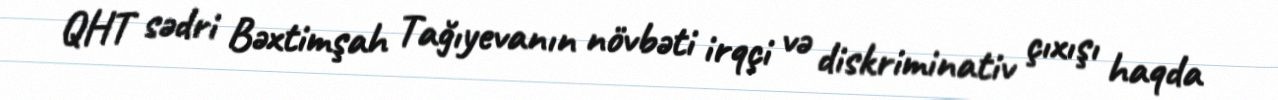
QHT sədri Bəxtimşah Tağıyevanın növbəti irqçi və diskriminativ çıxışı haqda